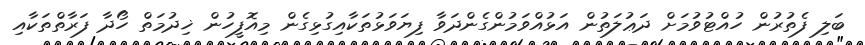
ބަލި ފެތުރުން ހުއްޓުވުމަށް ދަޢުލަތުން އަޅުއްވަމުންގެންދަވާ ފިޔަވަޅުތަކާއިގުޅިގެން މިއޮފީހުން ޚިދުމަތް ހޯދާ ފަރާތްތަކާއި